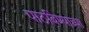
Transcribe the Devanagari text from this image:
पाठविण्याच्या